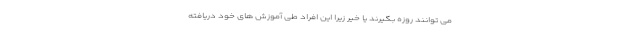
می توانند روزه بگیرند یا خیر زیرا این افراد طی آموزش های خود دریافته